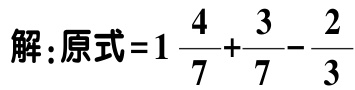
解：原式\(=1\frac{4}{7}+\frac{3}{7}-\frac{2}{3}\)